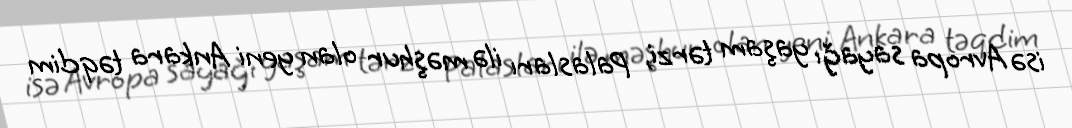
isə Avropa sayağı yaşam tərzi, Palasları ilə məşhur olan yeni Ankara təqdim